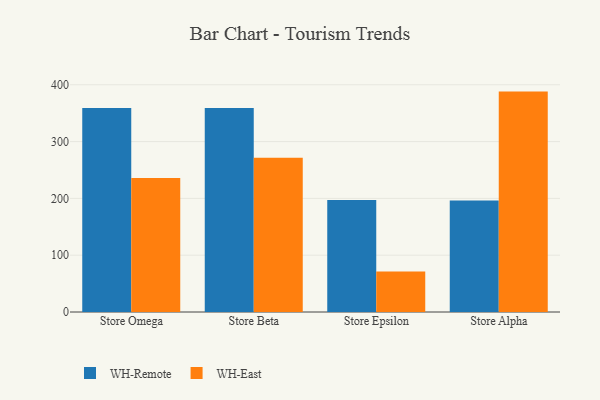
{"axis": {"x": "Store", "y": "Production Output"}, "legend": ["WH-East", "WH-Remote"], "data": [{"x": "Store Omega", "y": 359.0, "type": "WH-Remote"}, {"x": "Store Omega", "y": 235.9, "type": "WH-East"}, {"x": "Store Beta", "y": 359.2, "type": "WH-Remote"}, {"x": "Store Beta", "y": 271.7, "type": "WH-East"}, {"x": "Store Epsilon", "y": 197.2, "type": "WH-Remote"}, {"x": "Store Epsilon", "y": 71.1, "type": "WH-East"}, {"x": "Store Alpha", "y": 196.1, "type": "WH-Remote"}, {"x": "Store Alpha", "y": 388.0, "type": "WH-East"}]}